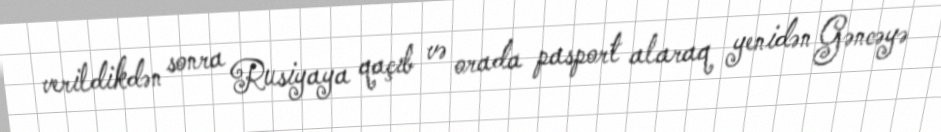
verildikdən sonra Rusiyaya qaçıb və orada pasport alaraq yenidən Gəncəyə